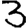
Digit: 3